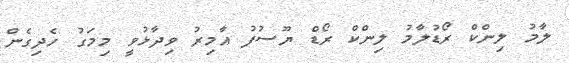
ލާމު ލިންކް ރޯޑުލާމު ލިންކް ރޯޑް ޔޫސުފު އާމިރު ވިދާޅުވީ މިމަގު ހެދިގެން